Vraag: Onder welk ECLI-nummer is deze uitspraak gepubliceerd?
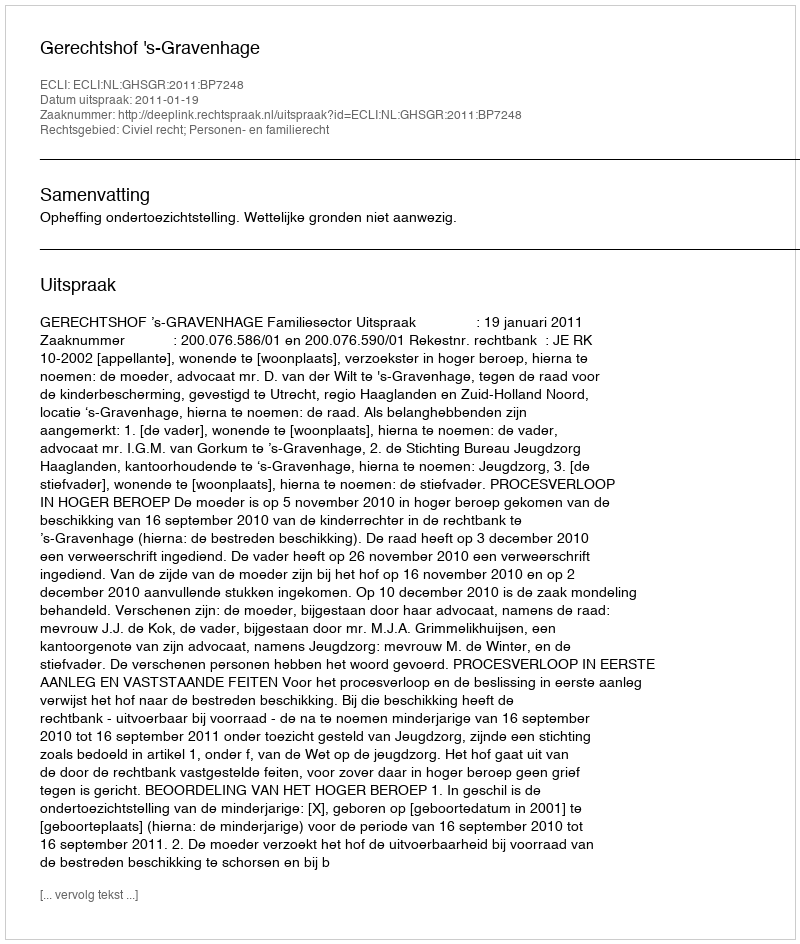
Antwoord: ECLI:NL:GHSGR:2011:BP7248